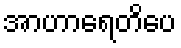
အာဟာရေတိပေ